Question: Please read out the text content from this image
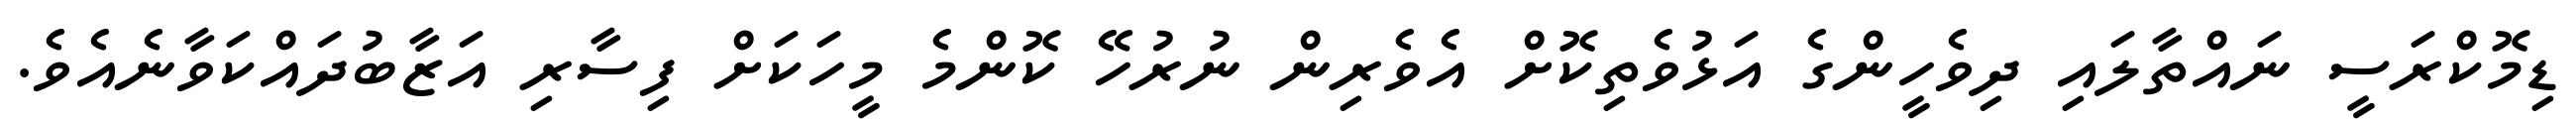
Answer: ޑިމޮކްރަސީ ނައްތާލައި ދިވެހީންގެ އަޅުވެތިކޮށް އެވެރިން ނުރުހޭ ކޮންމެ މީހަކަށް ފިސާރި އަޒާބުދައްކަވާނެއެވެ.